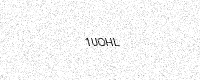
Text: 1UOHL